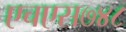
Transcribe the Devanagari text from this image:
एचएस७४८